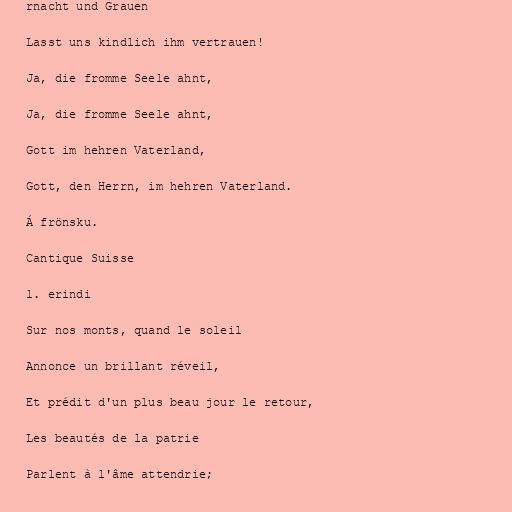
rnacht und Grauen

Lasst uns kindlich ihm vertrauen!

Ja, die fromme Seele ahnt,

Ja, die fromme Seele ahnt,

Gott im hehren Vaterland,

Gott, den Herrn, im hehren Vaterland.

Á frönsku.

Cantique Suisse

1. erindi

Sur nos monts, quand le soleil

Annonce un brillant réveil,

Et prédit d'un plus beau jour le retour,

Les beautés de la patrie

Parlent à l'âme attendrie;